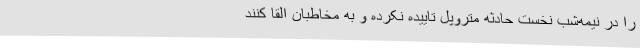
را در نیمه‌شب نخست حادثه متروپل تاییده نکرده ‌و ‌به مخاطبان القا کنند